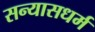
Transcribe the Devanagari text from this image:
सन्यासधर्म